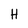
Character: H